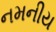
નમનીય